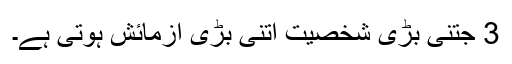
3 جتنی بڑی شخصیت اتنی بڑی آزمائش ہوتی ہے۔